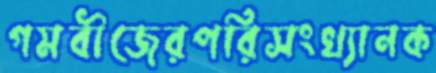
গমবীজেরপরিসংখ্যানক